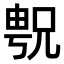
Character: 𫤝